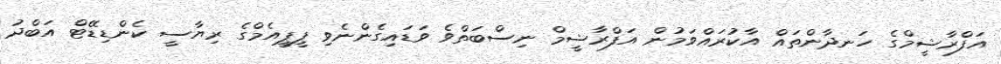
އަފްރާޝީމްގެ ހަނދާންތައް އާކުރައްވަމުން އަފްރާޝީމް ނިސްބަތްވެ ވަޑައިގެންނެވި ޕީޕީއެމްގެ ރިޔާސީ ކެންޑިޑޭޓް އަބްދު